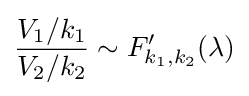
{\frac {V_{1}/k_{1}}{V_{2}/k_{2}}}\sim F'_{k_{1},k_{2}}(\lambda )